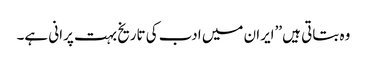
وہ بتاتی ہیں ’’ایران میں ادب کی تاریخ بہت پرانی ہے۔